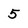
Character: 5